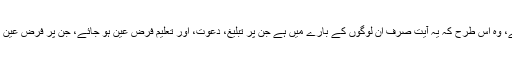
ان کے اس استدلال کا رد ناقابل تردید ہے، وہ اس طرح کہ یہ آیت صرف ان لوگوں کے بارے میں ہے جن پر تبلیغ، دعوت، اور تعلیم فرض عین ہو جائے، جن پر فرض عین نہیں ہے ان کے بارے میں یہ آیت نہیں ۔